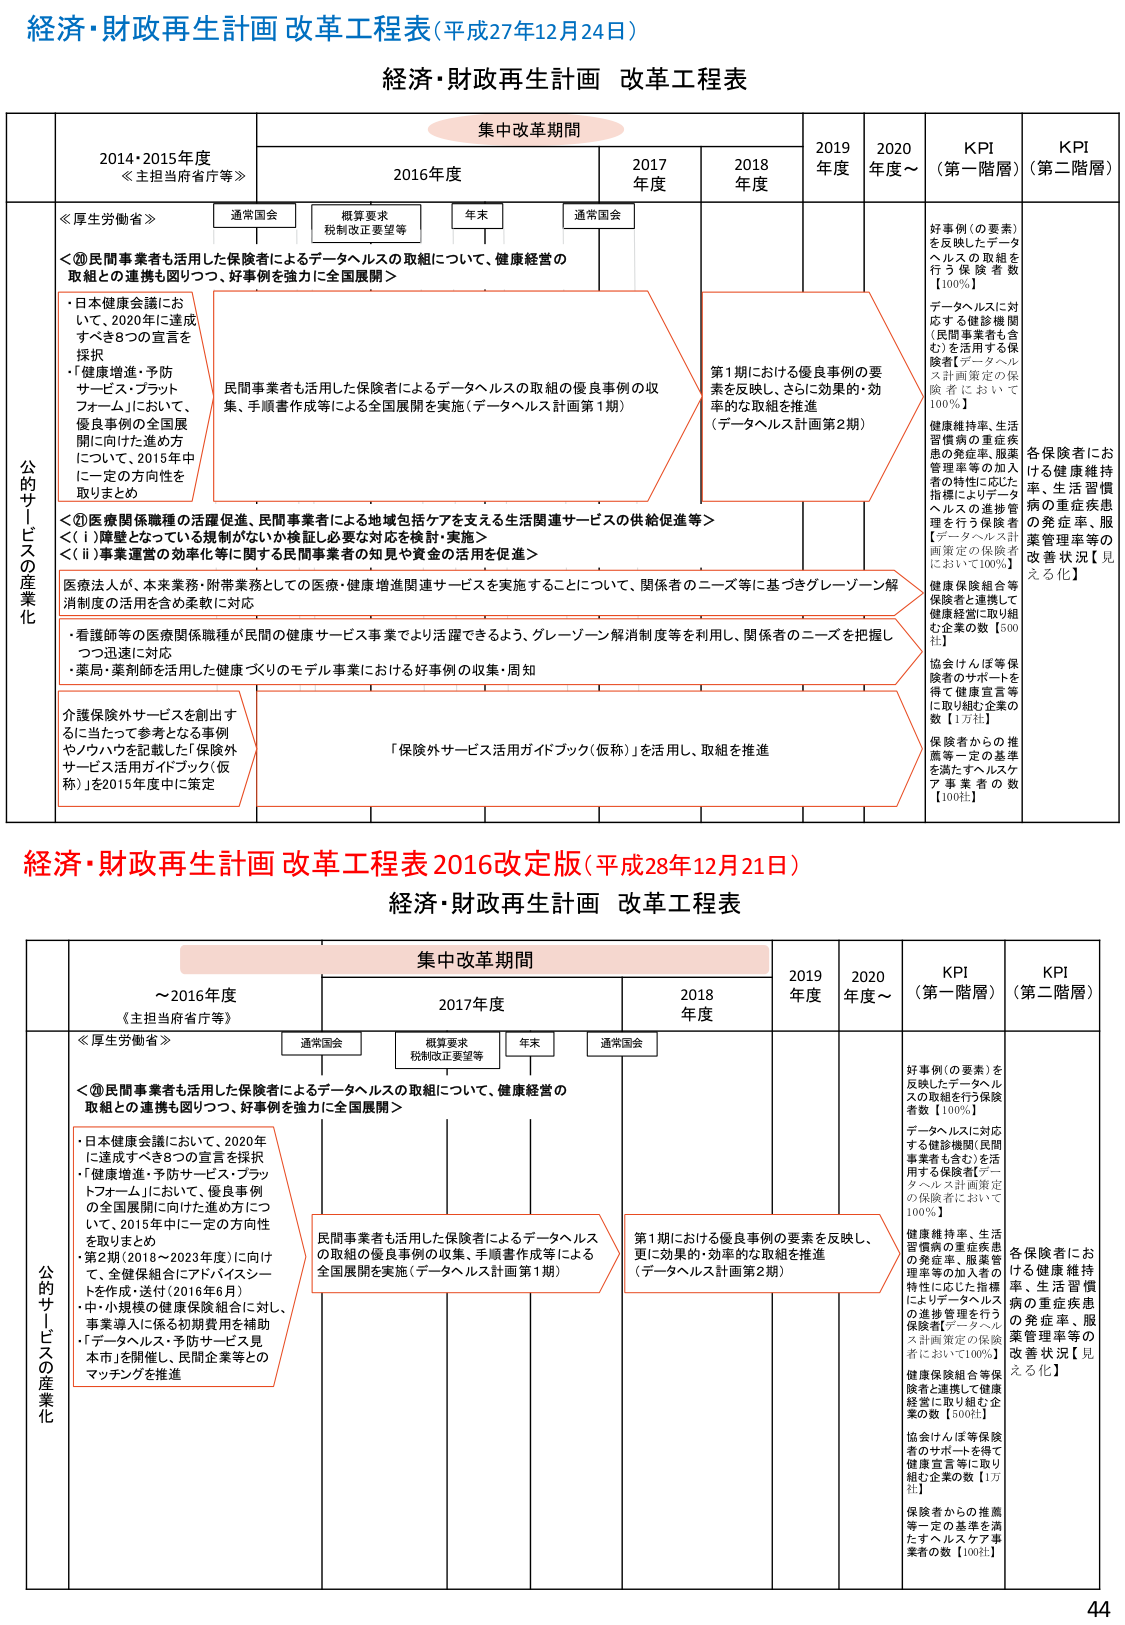
経済・財政再生計画 改革工程表(平成27年12月24日)

経済・財政再生計画 改革工程表

集中改革期間

2014・2015年度
《主担当府省庁等》

2016年度

2017年度

2018年度

2019年度

2020年度～

KPI
（第一階層）

KPI
（第二階層）

公的サービスの産業化

≪厚生労働省≫

通常国会

概算要求
税制改正要望等

年末

通常国会

＜⑩民間事業者も活用した保険者によるデータヘルスの取組について、健康経営の取組との連携も図りつつ、好事例を強力に全国展開＞

・日本健康会議において、2020年に達成すべき8つの宣言を採択
・「健康増進・予防サービス・プラットフォーム」において、優良事例の全国展開に向けた進め方について、2015年中に一定の方向性を取りまとめ

民間事業者も活用した保険者によるデータヘルスの取組の優良事例の収集、手順書作成等による全国展開を実施（データヘルス計画第1期）

第1期における優良事例の要素を反映し、さらに効果的・効率的な取組を推進
（データヘルス計画第2期）

好事例（の要素）を反映したデータヘルスの取組を行う保険者数【100%】

データヘルスに対応する健診機関（民間事業者も含む）を活用する保険者【データヘルス計画策定の保険者において100%】

健康維持率、生活習慣病の重症疾患の発症率、服薬管理率等の加入者の特性に応じた指標によりデータヘルスの進捗管理を行う保険者【データヘルス計画策定の保険者において100%】

健康保険組合等保険者と連携して健康経営に取り組む企業の数【500社】

協会けんぽ等保険者のサポートを得て健康宣言等に取り組む企業の数【1万社】

保険者からの推薦等一定の基準を満たすヘルスケア事業者の数【100社】

各保険者における健康維持率、生活習慣病の重症疾患の発症率、服薬管理率等の改善状況【見える化】

＜⑪医療関係職種の活躍促進、民間事業者による地域包括ケアを支える生活関連サービスの供給促進等＞
＜(ⅰ)障害となっている規制がないか検証し必要な対応を検討・実施＞
＜(ⅱ)事業運営の効率化等に関する民間事業者の知見や資金の活用を促進＞

医療法人が、本来業務・附帯業務としての医療・健康増進関連サービスを実施することについて、関係者のニーズ等に基づきグレーゾーン解消制度の活用を含め柔軟に対応

・看護師等の医療関係職種が民間の健康サービス事業でより活躍できるよう、グレーゾーン解消制度等を利用し、関係者のニーズを把握しつつ迅速に対応
・薬局・薬剤師を活用した健康づくりのモデル事業における好事例の収集・周知

介護保険外サービスを創出するに当たって参考となる事例やノウハウを記載した「保険外サービス活用ガイドブック（仮称）」を2015年度中に策定

「保険外サービス活用ガイドブック（仮称）」を活用し、取組を推進

経済・財政再生計画 改革工程表 2016改定版（平成28年12月21日）

経済・財政再生計画 改革工程表

集中改革期間

～2016年度
《主担当府省庁等》

2017年度

2018年度

2019年度

2020年度～

KPI
（第一階層）

KPI
（第二階層）

公的サービスの産業化

≪厚生労働省≫

通常国会

概算要求
税制改正要望等

年末

通常国会

＜⑩民間事業者も活用した保険者によるデータヘルスの取組について、健康経営の取組との連携も図りつつ、好事例を強力に全国展開＞

・日本健康会議において、2020年に達成すべき8つの宣言を採択
・「健康増進・予防サービス・プラットフォーム」において、優良事例の全国展開に向けた進め方について、2015年中に一定の方向性を取りまとめ
・第2期（2018～2023年度）に向けて、全健保組合にアドバイザントを作成・送付（2016年6月）
・中・小規模の健康保険組合に対し、事業導入に係る初期費用を補助
・「データヘルス・予防サービス見本市」を開催し、民間企業等とのマッチングを推進

民間事業者も活用した保険者によるデータヘルスの取組の優良事例の収集、手順書作成等による全国展開を実施（データヘルス計画第1期）

第1期における優良事例の要素を反映し、更に効果的・効率的な取組を推進（データヘルス計画第2期）

好事例（の要素）を反映したデータヘルスの取組を行う保険者数【100%】

データヘルスに対応する健診機関（民間事業者も含む）を活用する保険者【データヘルス計画策定の保険者において100%】

健康維持率、生活習慣病の重症疾患の発症率、服薬管理率等の加入者の特性に応じた指標によりデータヘルスの進捗管理を行う保険者【データヘルス計画策定の保険者において100%】

健康保険組合等保険者と連携して健康経営に取り組む企業の数【500社】

協会けんぽ等保険者のサポートを得て健康宣言等に取り組む企業の数【1万社】

保険者からの推薦等一定の基準を満たすヘルスケア事業者の数【100社】

各保険者における健康維持率、生活習慣病の重症疾患の発症率、服薬管理率等の改善状況【見える化】

44